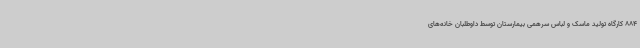
884 کارگاه تولید ماسک و لباس سرهمی بیمارستان توسط داوطلبان خانه‌های